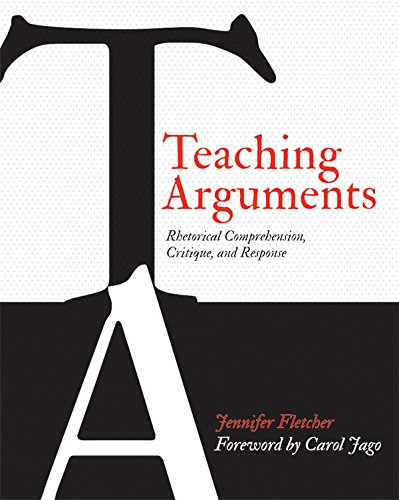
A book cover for Teaching Arguments: Rhetorical Comprehension, Critique, and Response; Jennifer Fletcher; Reference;